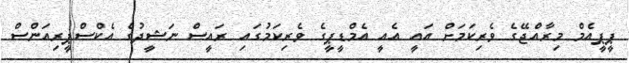
ޕީޕީއެމް މިރާއްޖޭގެ ވެރިކަމަށް އައީ އެއީ އެމްޑީޕީގެ ވެރިކަމުގައި ރައީސް ނަޝީދުގެ އެކްސްޕީރިއަންސް